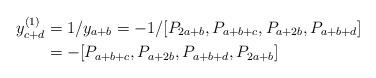
LaTeX: \begin{align*}y_{c+d}^{(1)} &= 1/y_{a+b} = -1/[P_{2a+b}, P_{a+b+c}, P_{a+2b}, P_{a+b+d}]\\&= -[P_{a+b+c}, P_{a+2b}, P_{a+b+d}, P_{2a+b}]\end{align*}